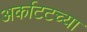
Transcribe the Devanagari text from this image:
अर्काटटच्या